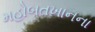
મહોબતખાનના